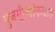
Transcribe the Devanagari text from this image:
पुनर्मूल्यांकनात